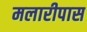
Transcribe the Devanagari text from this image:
मलारीपास